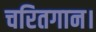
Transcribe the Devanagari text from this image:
चरितगान।